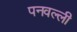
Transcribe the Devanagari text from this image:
पनवल्ली